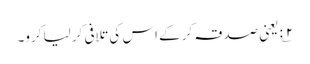
۲؎: یعنی صدقہ کر کے اس کی تلافی کر لیا کرو۔